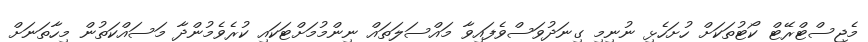
މެޖިސްޓްރޭޓް ކޯޓުތަކަށް ހުށަހެޅި ނުނިމި ގިނަދުވަސްވެފައިވާ މައްސަލަތައް ނިންމުމަށްޓަކައި ކުރެވެމުންދާ މަސައްކަތުން މިހާތަނަށް